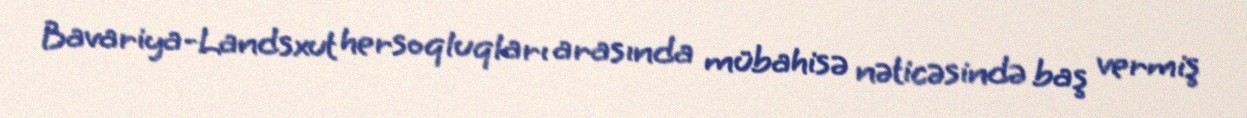
Bavariya-Landsxut hersoqluqları arasında mübahisə nəticəsində baş vermiş